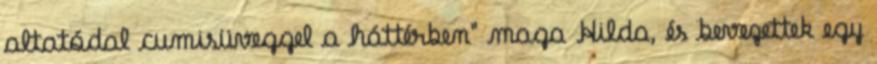
altatódal cumisüveggel a háttérben" maga Hilda, és bevezettek egy